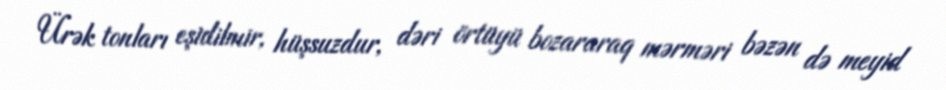
Ürək tonları eşidilmir, hüşsuzdur, dəri örtüyü bozararaq mərməri bəzən də meyid